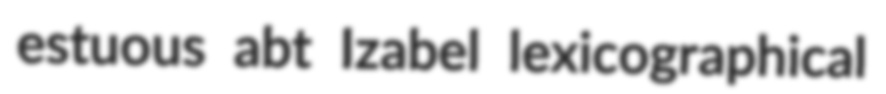
estuous abt Izabel lexicographical